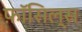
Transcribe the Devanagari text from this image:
फ़ॉसिल्स